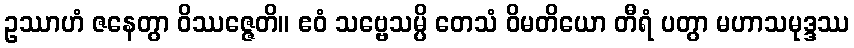
ဥဿာဟံ ဇနေတွာ ဝိဿဇ္ဇေတိ။ ဧဝံ သဗ္ဗေသမ္ပိ တေသံ ဝိမတိယော တီရံ ပတွာ မဟာသမုဒ္ဒဿ